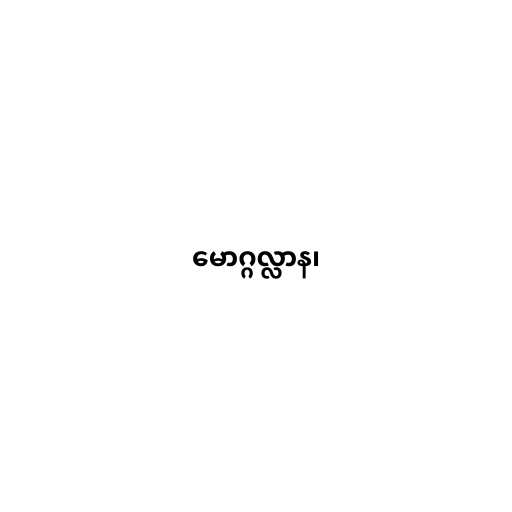
မောဂ္ဂလ္လာန၊